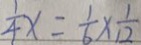
\frac { 1 } { 4 } x = \frac { 1 } { 6 } \times \frac { 1 } { 1 2 }